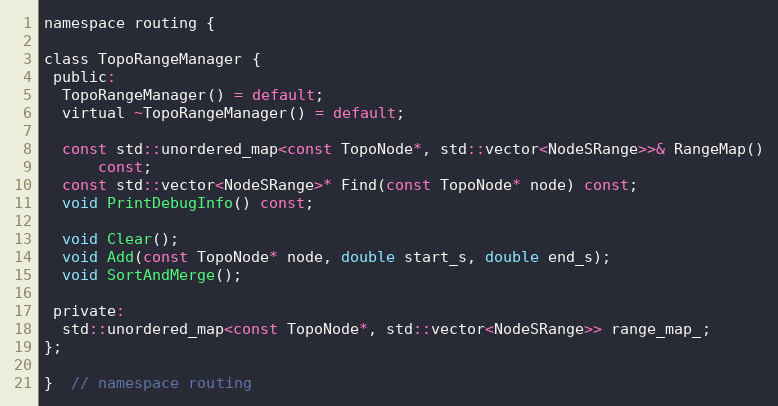
Language: C
namespace routing {

class TopoRangeManager {
 public:
  TopoRangeManager() = default;
  virtual ~TopoRangeManager() = default;

  const std::unordered_map<const TopoNode*, std::vector<NodeSRange>>& RangeMap()
      const;
  const std::vector<NodeSRange>* Find(const TopoNode* node) const;
  void PrintDebugInfo() const;

  void Clear();
  void Add(const TopoNode* node, double start_s, double end_s);
  void SortAndMerge();

 private:
  std::unordered_map<const TopoNode*, std::vector<NodeSRange>> range_map_;
};

}  // namespace routing